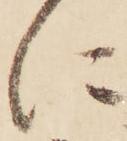
に